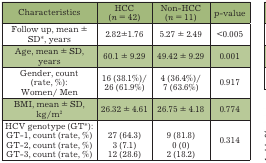
<table><thead><tr><td><b>Characteristics</b></td><td><b>HCC(n = 42) </b></td><td><b>Non-HCC(n = 11) </b></td><td><b>p-value</b></td></tr></thead><tbody><tr><td>Follow up, mean ±SD*, years</td><td>2.82±1.76</td><td>5.27 ± 2.49</td><td> &lt; 0.005</td></tr><tr><td>Age, mean ± SD,years</td><td>60.1 ± 9.29</td><td>49.42 ± 9.29</td><td>0.001</td></tr><tr><td>Gender, count(rate, %): Women/ Men</td><td>16 (38.1%)/ 26 (61.9%)</td><td>4 (36.4%)/ 7 (63.6%)</td><td>0.917</td></tr><tr><td>BMI, mean ± SD, kg/m2</td><td>26.32 ± 4.61</td><td>26.75 ± 4.18</td><td>0.774</td></tr><tr><td>HCV genotype (GT*): GT-1, count (rate, %)GT-2, count (rate, %)GT-3, count (rate, %)</td><td>27 (64.3) 3 (7.1) 12 (28.6)</td><td>9 (81.8) 0 (0) 2 (18.2)</td><td>0.314</td></tr></tbody></table>